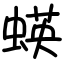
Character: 蝧